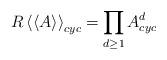
LaTeX: \begin{align*}R\left<\left<A\right>\right>_{cyc}=\prod_{d\ge1} A^d_{cyc}\end{align*}